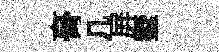
𮌔几屏墅